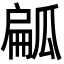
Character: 㼐